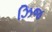
ઝિજ